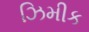
ઝિમીક